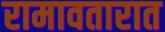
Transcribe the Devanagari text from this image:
रामावतारात